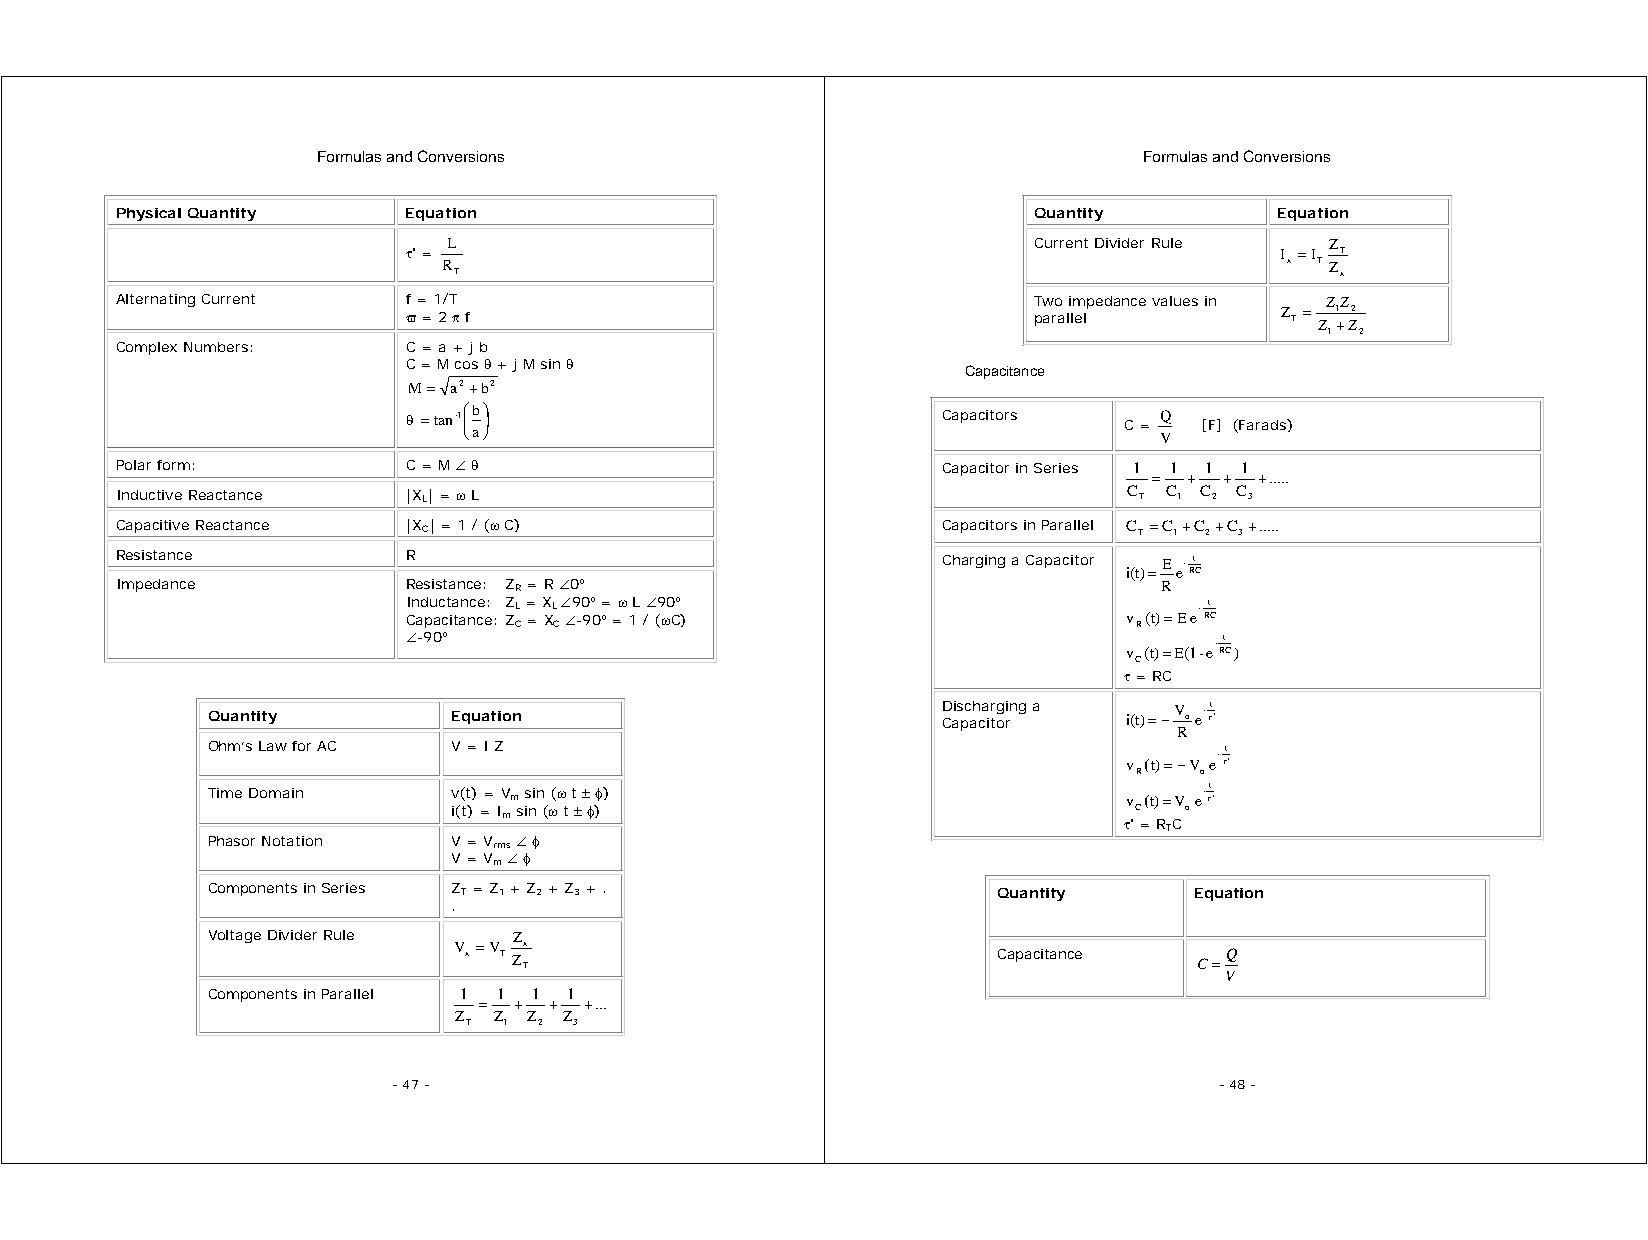
Formulas and Conversions                               Formulas and Conversions
 Physical Quantity  Equation                                 Quantity         Equation
 L                                     Current Divider Rule Z
 τ' =                                                      I =I T
 R                                                       x T Z
 T                                                          x
 Alternating Current f = 1/T                                 Two impedance values in ZZ
 ϖ = 2 π f                                parallel         Z T = Z 1 +Z2
 1 2
 Complex Numbers:   C = a + j b
 C = M cos θ + j M sin θ
 Capacitance
 M= a2+b2
 θ =tan-1⎜ ⎝⎛ ab ⎟ ⎠⎞               Capacitors  C = VQ [F] (Farads)
 Polar form:        C = M ∠ θ                          Capacitor in Series 1 1 1 1
 =  + + +.....
 Inductive Reactance |XL| = ω L                                     C T C 1 C 2 C 3
 Capacitive Reactance |XC| = 1 / (ω C)                 Capacitors in Parallel C
 T
 =C 1+C 2+C 3+.....
 Resistance         R                                  Charging a Capacitor E - t
 i(t) = eRC
 Impedance          Resistance: ZR = R ∠0°                            R
 Inductance: ZL = XL ∠90° = ω L ∠90°                 - t
 Capacitance: ZC = XC ∠-90° = 1 / (ωC)           v R(t)=E e RC
 ∠-90°                                                -t
 v (t) = E(1 - eRC)
 C
 τ = RC
 Quantity        Equation                        D Cais pc ah ca itr og rin g a i(t) =− V oe- τt ′
 R
 Ohm’s Law for AC V = I Z                                           - t
 v (t)=− V eτ′
 R   o
 Time Domain     v(t) = Vm sin (ω t ± φ)
 v (t) = V
 e- τt
 ′
 i(t) = Im sin (ω t ± φ)                      C  o
 τ' = RTC
 Phasor Notation V = Vrms ∠ φ
 V = Vm ∠ φ
 Components in Series ZT = Z1 + Z2 + Z3 + .          Quantity     Equation
 .
 Voltage Divider Rule Z
 V
 x
 =V
 T Z
 Tx
 Capacitance  C=Q
 V
 Components in Parallel 1 1 1 1
 = + +  +...
 Z  Z Z Z
 T 1  2 3
 - 47 -                                                 - 48 -